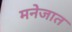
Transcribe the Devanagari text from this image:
मनेजात